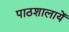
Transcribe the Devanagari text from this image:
पाठशालायें